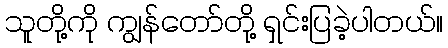
သူတို့ကို ကျွန်တော်တို့ ရှင်းပြခဲ့ပါတယ်။